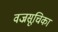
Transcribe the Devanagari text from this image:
वज्रसूचिका